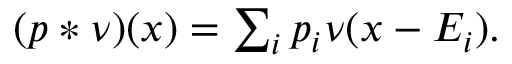
\begin{array} { r } { ( p \ast \nu ) ( x ) = \sum _ { i } p _ { i } \nu ( x - E _ { i } ) . } \end{array}